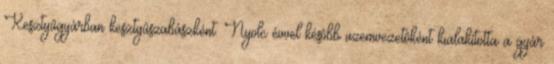
Kesztyûgyárban kesztyûszabászként. Nyolc évvel késôbb üzemvezetôként kialakította a gyár